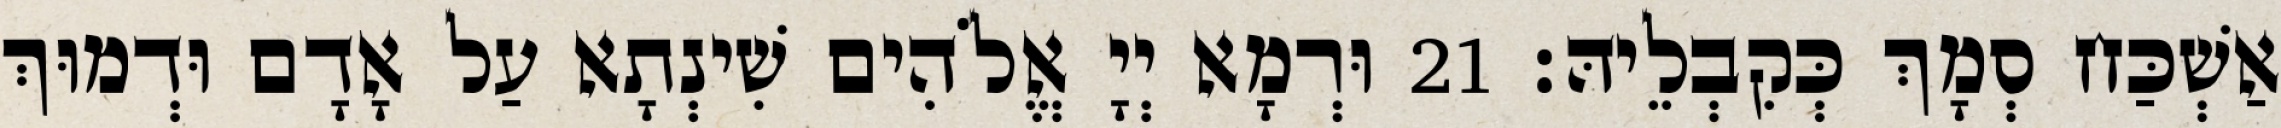
אַשְׁכַּח סְמָךְ כְּקִבְלֵיהּ׃ 21 וּרְמָא יְיָ אֱלֹהִים שִׁינְתָא עַל אָדָם וּדְמוּךְ